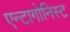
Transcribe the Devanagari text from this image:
एन्टागोनिस्ट